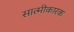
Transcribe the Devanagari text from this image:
सात्मीकारक